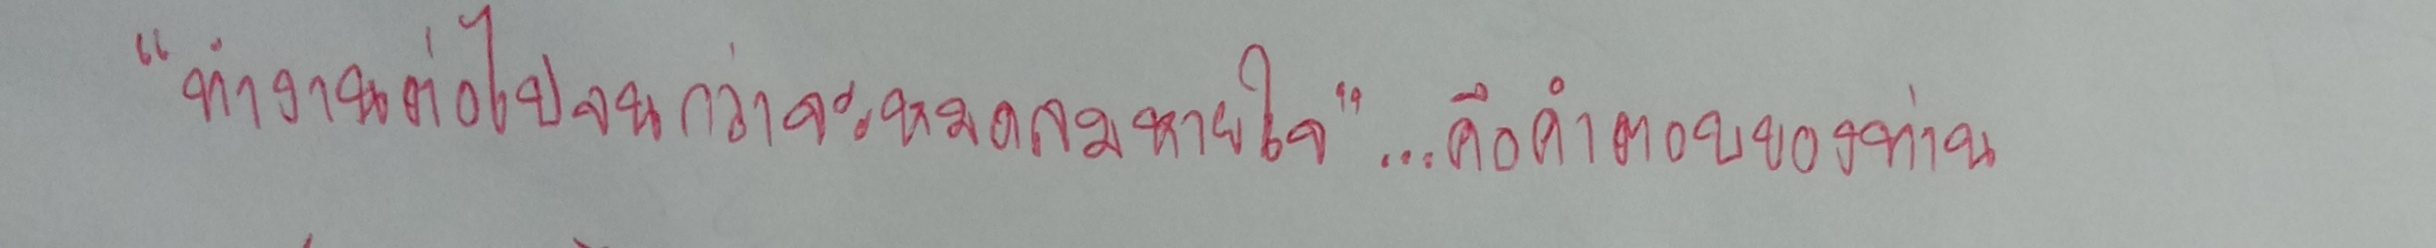
"ทำงานต่อไปจนกว่าจะหมดลมหายใจ"...คือคำตอบของท่าน